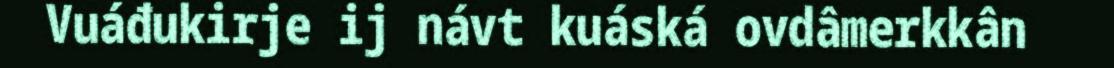
Vuáđukirje ij návt kuáská ovdâmerkkân